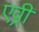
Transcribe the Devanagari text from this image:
एव़्री